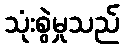
သုံးစွဲမှုသည်